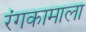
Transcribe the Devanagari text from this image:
रंगकामाला